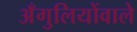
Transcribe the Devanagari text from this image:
अँगुलियोंवाले